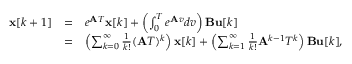
{ \begin{array} { l l l } { \mathbf { x } [ k + 1 ] } & { = } & { e ^ { { \mathbf { A } } T } \mathbf { x } [ k ] + \left( \int _ { 0 } ^ { T } e ^ { { \mathbf { A } } v } d v \right) \mathbf { B } \mathbf { u } [ k ] } \\ & { = } & { \left( \sum _ { k = 0 } ^ { \infty } { \frac { 1 } { k ! } } ( { \mathbf { A } } T ) ^ { k } \right) \mathbf { x } [ k ] + \left( \sum _ { k = 1 } ^ { \infty } { \frac { 1 } { k ! } } { \mathbf { A } } ^ { k - 1 } T ^ { k } \right) \mathbf { B } \mathbf { u } [ k ] , } \end{array} }